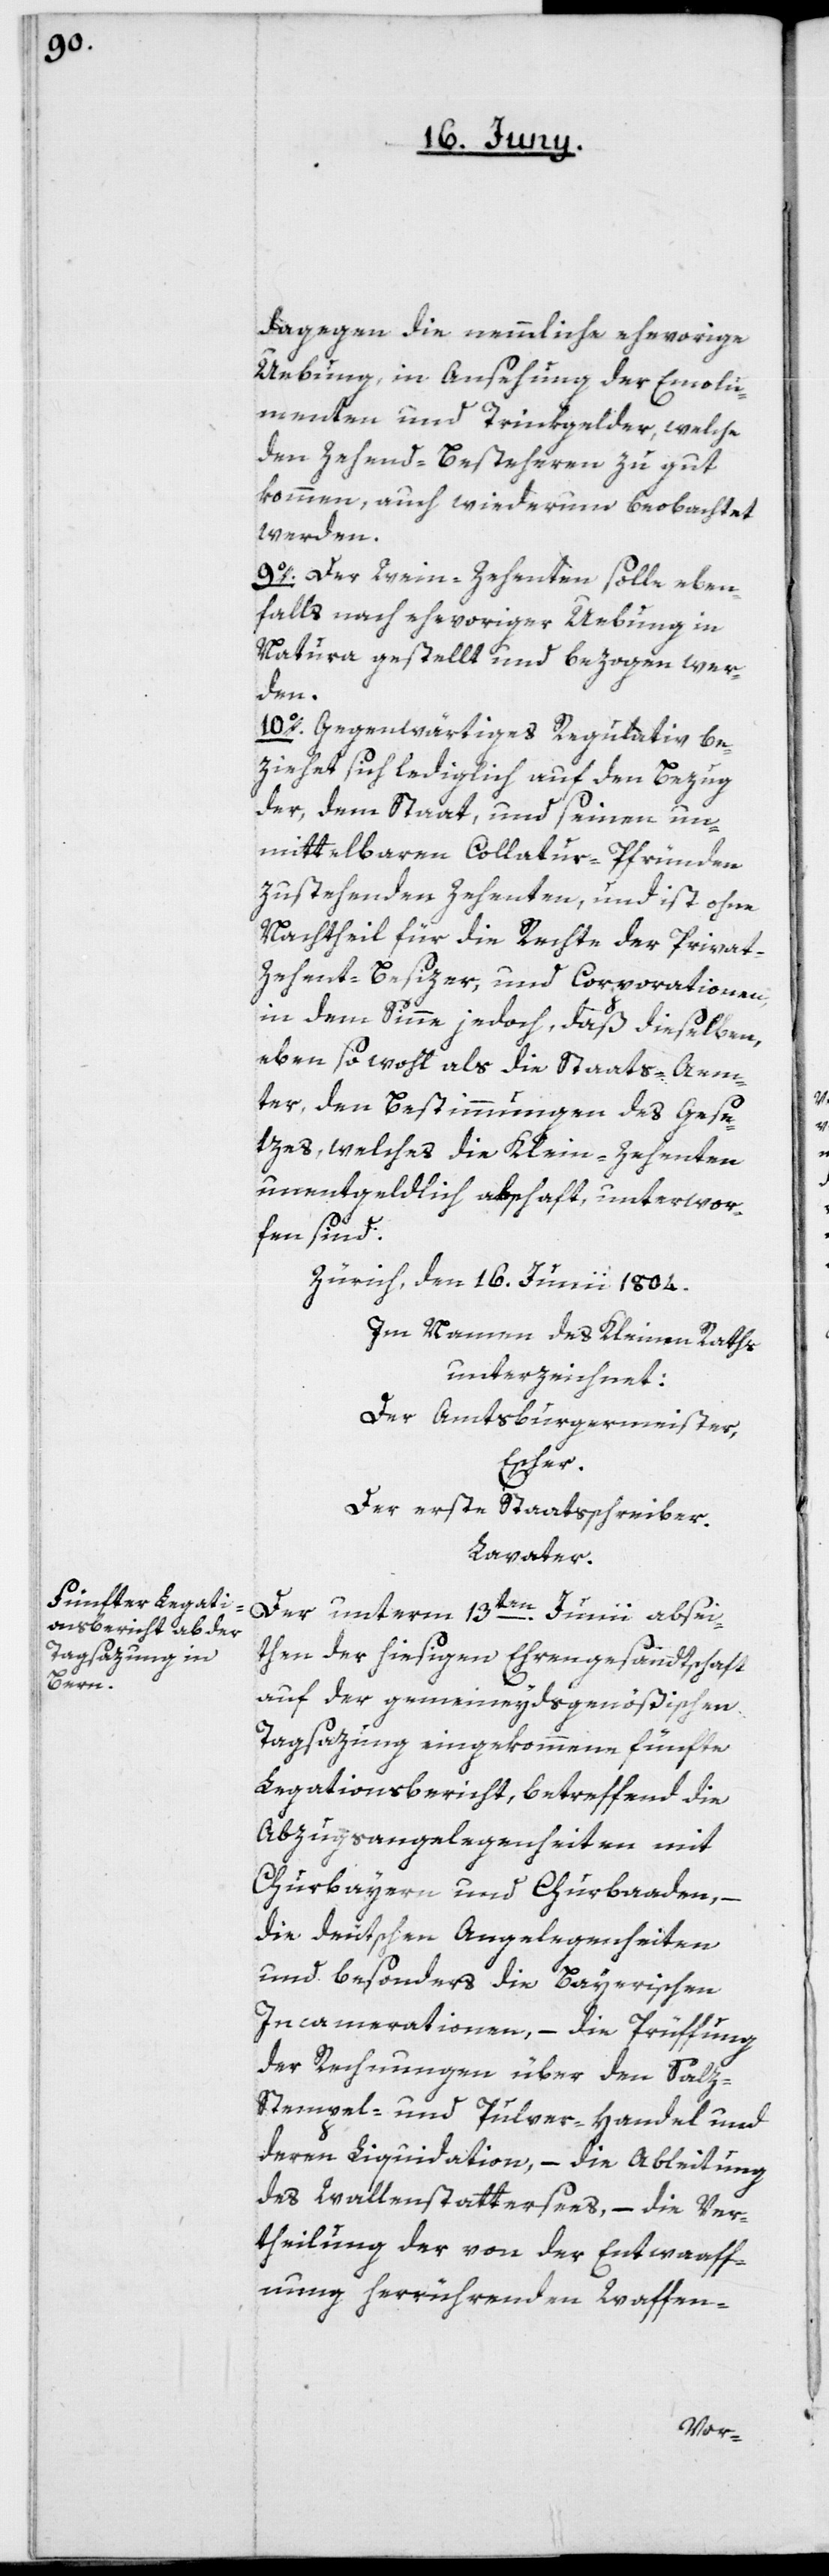
dagegen die nemmliche ehevorige
Uebung, in Ansehung der Emolu¬
menten und Trinkgelder, welche
den Zehend-Besteheren zu gut
kommen, auch wiederum beobachtet
werden.
9o. Der Wein-Zehenten solle eben¬
falls nach ehevoriger Uebung in
Natura gestellt und bezogen wer¬
den.
10o. Gegenwärtiges Regulativ be¬
ziehet sich lediglich auf den Bezug
der, dem Staat und seinen un¬
mittelbaren Collatur-Pfründen
zustehenden Zehenten, und ist ohne
Nachtheil für die Rechte der Privat-Z¬
ehent-Besizer und Corporationen,
in dem Sinne jedoch, daß dieselben
eben sowohl als die Staats-Aem¬
ter den Bestimmungen des Gese¬
tzes, welches die Klein-Zehenten
unentgeldlich abschaft, unterwor¬
fen sind.
Zürich, den 16. Junii 1804.
Im Namen des Kleinen Raths
unterzeichnet:
Der Amtsburgermeister,
Escher.
Der erste Staatsschreiber.
Lavater.
ten der hiesigen Ehrengesandtschaft
absei¬
auf der gemeineydsgenößischen
Tagsazung eingekommene fünfte
Legationsbericht, betreffend die
Abzugsangelegenheiten mit
Churbayern und Churbaaden, –
die deutschen Angelegenheiten
und besonders die Bayerischen
Incamerationen, – die Prüffung
der Rechnungen über den Sal¬
z-Stempel- und Pulver-Handel und
deren Liquidation, – die Ableitung
des Wallenstattersees, – die Ver¬
theilung der von der Entwaaff¬
nung herrührenden Waffen-